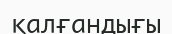
қалғандығы